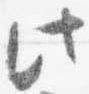
此